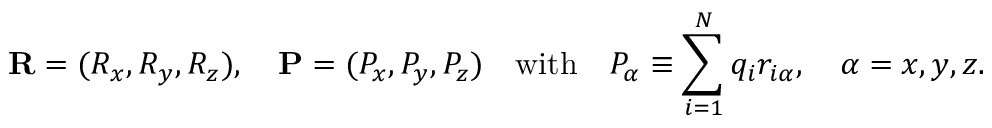
\mathbf { R } = ( R _ { x } , R _ { y } , R _ { z } ) , \quad \mathbf { P } = ( P _ { x } , P _ { y } , P _ { z } ) \quad { \mathrm { w i t h } } \quad P _ { \alpha } \equiv \sum _ { i = 1 } ^ { N } q _ { i } r _ { i \alpha } , \quad \alpha = x , y , z .